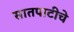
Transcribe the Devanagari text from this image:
सातपाटीचे